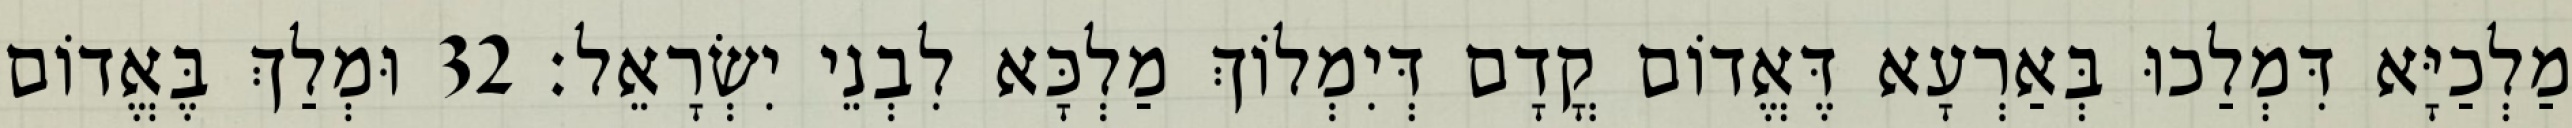
מַלְכַיָּא דִּמְלַכוּ בְּאַרְעָא דֶּאֱדוֹם קֳדָם דְּיִמְלוֹךְ מַלְכָּא לִבְנֵי יִשְׂרָאֵל׃ 32 וּמְלַךְ בֶּאֱדוֹם